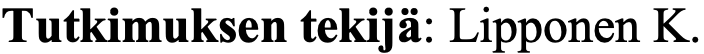
Tutkimuksen tekijä: Lipponen K.